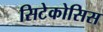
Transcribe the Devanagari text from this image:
सिटेकोसिस